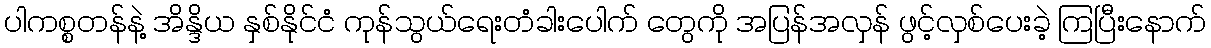
ပါကစ္စတန်နဲ့ အိန္ဒိယ နှစ်နိုင်ငံ ကုန်သွယ်ရေးတံခါးပေါက် တွေကို အပြန်အလှန် ဖွင့်လှစ်ပေးခဲ့ ကြပြီးနောက်